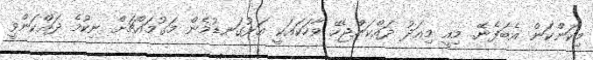
މިކަންކަން އެބަފެނޭ. މިއީ މިއަދު ދައްކަންޖެހޭ ވާހަކައަކީ އަޅުގަނޑުމެން މަގުމައްޗަށް ނިކުމެ ދައްކަންވީ